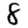
Digit: 8